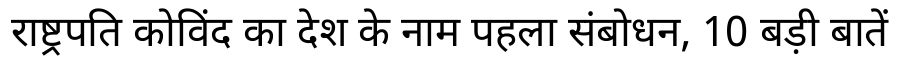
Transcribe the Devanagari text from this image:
राष्ट्रपति कोविंद का देश के नाम पहला संबोधन, 10 बड़ी बातें